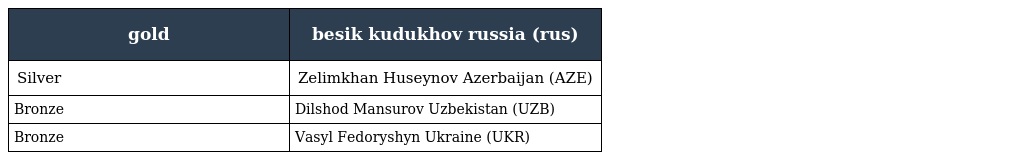
| gold | besik kudukhov russia (rus) |
 | --- | --- |
 | Silver | Zelimkhan Huseynov Azerbaijan (AZE) |
 | Bronze | Dilshod Mansurov Uzbekistan (UZB) |
 | Bronze | Vasyl Fedoryshyn Ukraine (UKR) |